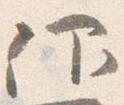
仰